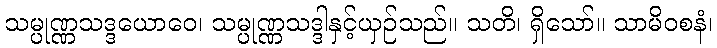
သမ္ပုဏ္ဏသဒ္ဒယောဝေ၊ သမ္ပုဏ္ဏသဒ္ဒါနှင့်ယှဉ်သည်။ သတိ၊ ရှိသော်။ သာမိဝစနံ၊